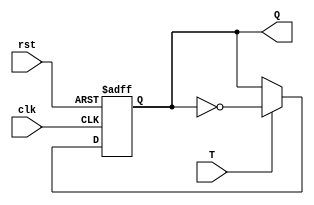
`timescale 1ns / 1ps
module tflipflop(clk, rst, T, Q);
input T, clk, rst;
output reg Q;

always @(posedge clk or negedge rst) begin
if (!rst)
   Q <= 1'b0;
else if(T)
   Q <= ~Q;
end
endmodule